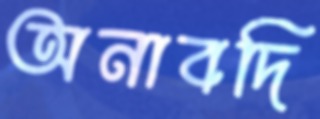
অনাবদি